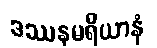
ဒဿနမရိယာနံ